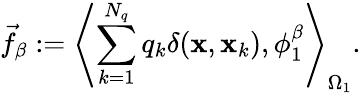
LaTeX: \vec{f}_{\beta}:=\left\langle\sum_{k=1}^{N_{q}}q_{k}\delta(\mathbf{x},\mathbf{x}_{k}),\phi_{1}^{\beta}\right\rangle_{\Omega_{1}}.